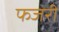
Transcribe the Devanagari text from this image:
फजरी